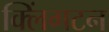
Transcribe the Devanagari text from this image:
क्लिंगटन